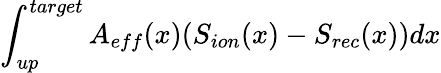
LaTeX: \int_{up}^{target}A_{eff}(x)(S_{ion}(x)-S_{rec}(x))dx